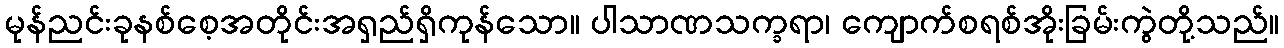
မုန်ညင်းခုနစ်စေ့အတိုင်းအရှည်ရှိကုန်သော။ ပါသာဏသက္ခရာ၊ ကျောက်စရစ်အိုးခြမ်းကွဲတို့သည်။